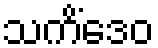
သကိံဒေဝ